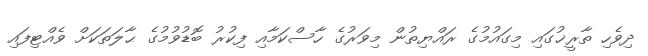
ދިވެހި ތާރީޚުގައި މިގައުމުގެ ރައްޔިތުން މިވަރުގެ ހާސްކަމާއި ފިކުރު ބޮޑުވުމުގެ ޙާލަތަކަށް ވެއްޓިފައި